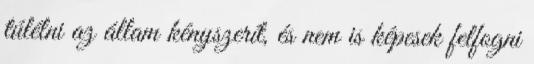
túlélni az állam kényszerít, és nem is képesek felfogni